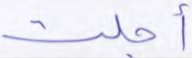
أجلت